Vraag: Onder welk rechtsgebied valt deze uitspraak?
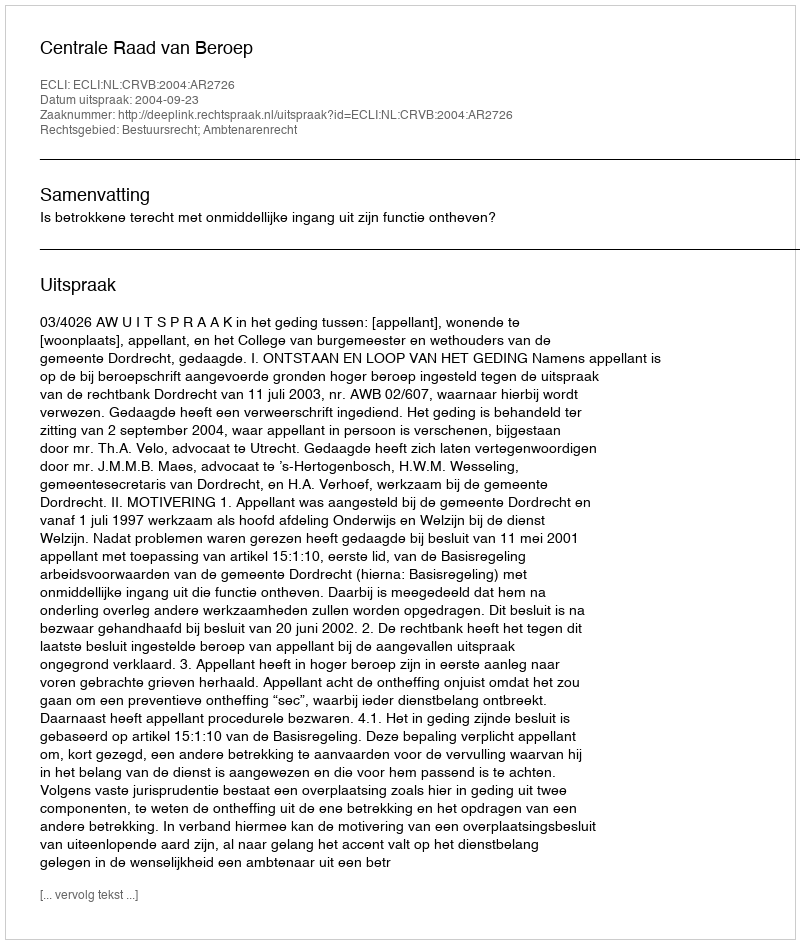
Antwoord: Bestuursrecht; Ambtenarenrecht